Lock hospitals Punjab
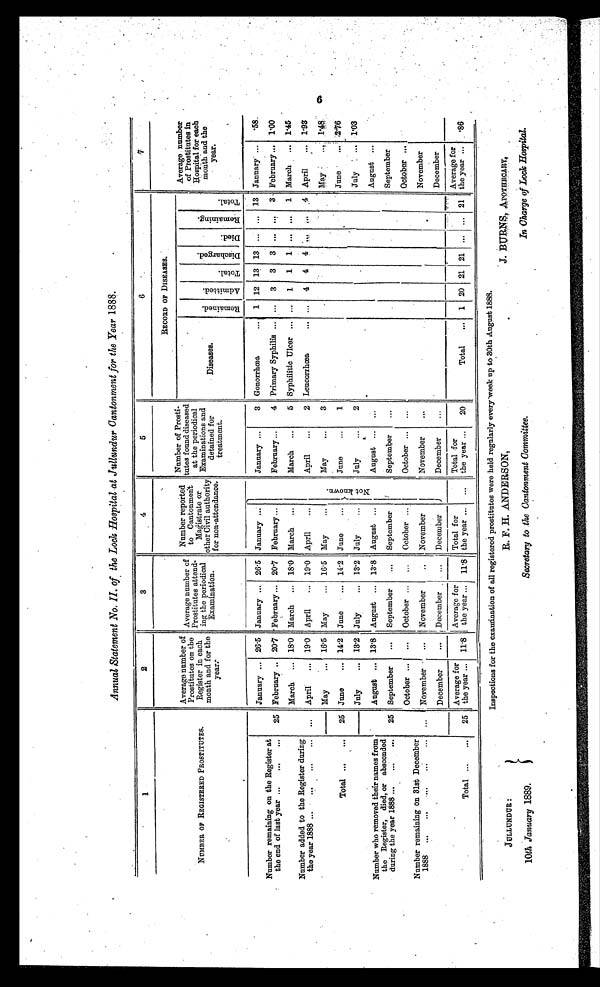
JULLUNDUR :
10th January 1889.
R. F.H. ANDERSON,
Secretary to the Cantonment Committee.
J. BURNS, APOTHECARY,
In Charge of Lock Hospital.
Annual Statement No. II of the Lock Hospital at Jullundur Cantonment for the Year 1888.
1 2
3
4
5
6 7
N U M B E R O F R E G I S T E R E D P R O S T I T U T E S .Aver age number of pr os t i t ut es on t he Regi s t er i n each mont h and f or t he year . A v e r a g e n u m b e r o f p r o s t i t u t e s a t t e n d i n g t h e p e r i o d i c a l E x a m i n a t i o n .
N u m b e r r e p o r t e d t o C a n t o n m e n t M a g i s t r a t e o r o t h e r C i v i l a u t h o r i t y f o r n o n a t t e n d a n c e .
N u m b e r o f p r o s t i t u t e s f o u n d d i s e a s e d a t t h e p e r i o d i c a l E x a m i n a t i o n s a n d d e t e a i n e d f o r t r e a t m e n t .
y e a r .
RECORD OF DISEASES.
Aver age number of pr os t i t ut es i n Hos pi t al f or each mont h and t he year .
Diseases.
Remained.Admitted.Total.
D i s c h a r g e d .
D i e d .
R e m a i n i n g .
T o t a l .
Number remaining on the Register at the end of last year.
25
January
26.5
J a n u a r y
26.5
J a n u a r y
N o t k n o w n .
J a n u a r y
3
G o n o r r h œ a
1 12 13
1 3
. . . . . .
1 3
January
.58
February 20.7
F e b r u a r y
20.7
F e b r u a r y
F e b r u a r y
4
p r i m a r y S y p h i l i s
... 3 3
3
. . . . . .
3 February 1.00
Number added to the Register during. t h e y e a r 1 8 8 8 . ...
March
18.0
M a r c h
18.0
M a r c h
M a r c h
5
S y p h i l i t i c U l c e r
... 1 1
1
. . . . . .
1 March
1.45
April
19.0
A p r i l
19.0
A p r i l
A p r i l
2
L e u c o r r h œ a
... 4 4
4
. . . . . .
4 April
1.93
May
16.5
M a y
16.5
M a y
M a y
3
May
1.48
T o t a l . . .
25
June
14.2
J u n e
14.2
J u n e
J u n e
1
June
2.76
N u m b e r w h o r e m o v e d t h e i r n a m e s f r o m t h e
R e g i s t e r ,
d i e d , o r
a b s c o n d e d d u r i n g t h e y e a r 1 8 8 8 .
25
July
13.2
J u l y
13.2
J u l y
J u l y
2
July
1.03
August
13.8
A u g u s t
13.8
A u g u s t
A u g u s t
. . .
August
September...
S e p t e m b e r
...
S e p t e m b e r
S e p t e m b e r
. . .
September
Number remaining on 31st December 1888 . . . . . .
...
October
...
O c t o b e r
...
O c t o b e r
O c t o b e r
. . .
October
November...
N o v e m b e r
..
N o v e m b e r
N o v e m b e r
. . .
November
December...
D e c e m b e r
...
D e c e m b e r
D e c e m b e r
. . .
December
T o t a l . . .
25
Average for the year ... 11.8
A v e r a g e f o r t h e y e a r . . .
11.8
T o t a l f o r t h e y e a r . . .
. . .
T o t a l f o r t h e y e a r . . .
2 0
T o t a l . . .
1 20 21
2 1
. . . . . .
2 1
Average for the year ... .86
Inspections for the examination of all registered prostitutes were held regularly every week up to 30th August 1888.
6